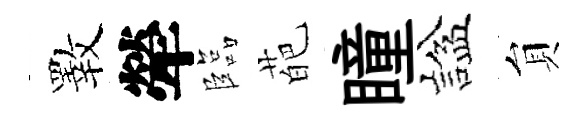
斁犖臨葩瞳諡貟